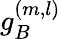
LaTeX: g_{B}^{(m,l)}